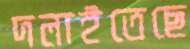
দলাইতেছে